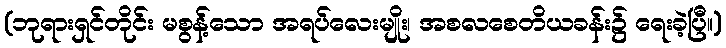
(ဘုရားရှင်တိုင်း မစွန့်သော အရပ်လေးမျိုး၊ အစလစေတိယခန်း၌ ရေးခဲ့ပြီ။)